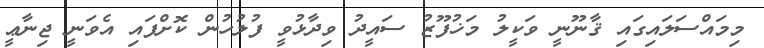
މިމައްސަލައިގައި ޤާނޫނީ ވަކީލު މަޚުފޫޒު ސައީދު ވިދާޅުވީ ފުލުހުން ކޮށްފައި އެވަނީ ޖިނާޢީ